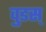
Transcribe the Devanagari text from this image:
वुडस्